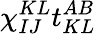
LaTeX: \chi_{IJ}^{KL}t_{KL}^{AB}